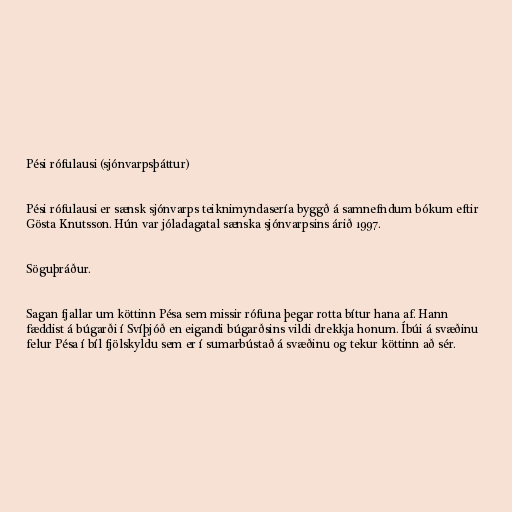
Pési rófulausi (sjónvarpsþáttur)

Pési rófulausi er sænsk sjónvarps teiknimyndasería byggð á samnefndum bókum eftir
Gösta Knutsson. Hún var jóladagatal sænska sjónvarpsins árið 1997.

Söguþráður.

Sagan fjallar um köttinn Pésa sem missir rófuna þegar rotta bítur hana af. Hann
fæddist á búgarði í Svíþjóð en eigandi búgarðsins vildi drekkja honum. Íbúi á svæðinu
felur Pésa í bíl fjölskyldu sem er í sumarbústað á svæðinu og tekur köttinn að sér.